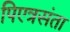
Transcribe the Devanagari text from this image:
पिएत्रसंता